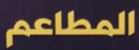
المطاعم